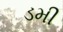
ડમી